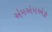
એમએમએફ